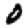
Digit: 0